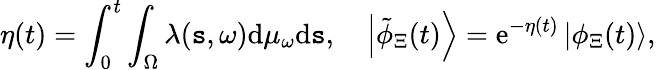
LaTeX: \eta(t)=\int_{0}^{t}\int_{\Omega}\lambda(\mathtt{s},\omega)\mathrm{{d}}\mu_{\omega}\mathrm{{d}}\mathtt{s},\quad\left|\tilde{{\phi}}_{\Xi}(t)\right\rangle=\mathrm{{e}}^{-\eta(t)}\left|\phi_{\Xi}(t)\right\rangle,